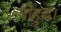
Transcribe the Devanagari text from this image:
पोहुचे।